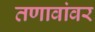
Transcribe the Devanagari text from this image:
तणावांवर